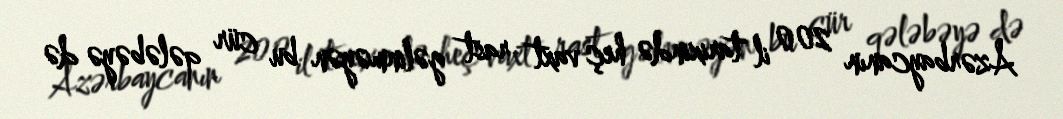
Azərbaycanın 200 il tarixində heç vaxt rast gəlinməyən bu cür qələbəyə də